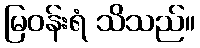
မြဝန်းရံ သိသည်။